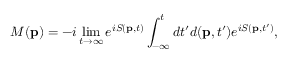
M ( \mathbf { p } ) = - i \operatorname* { l i m } _ { t \to \infty } e ^ { i S ( \mathbf { p } , t ) } \int _ { - \infty } ^ { t } d t ^ { \prime } d ( \mathbf { p } , t ^ { \prime } ) e ^ { i S ( \mathbf { p } , t ^ { \prime } ) } ,